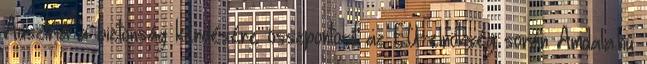
Ausztria a biztonság kérdésére összpontosít az EU-elnökség során Amdala.hu